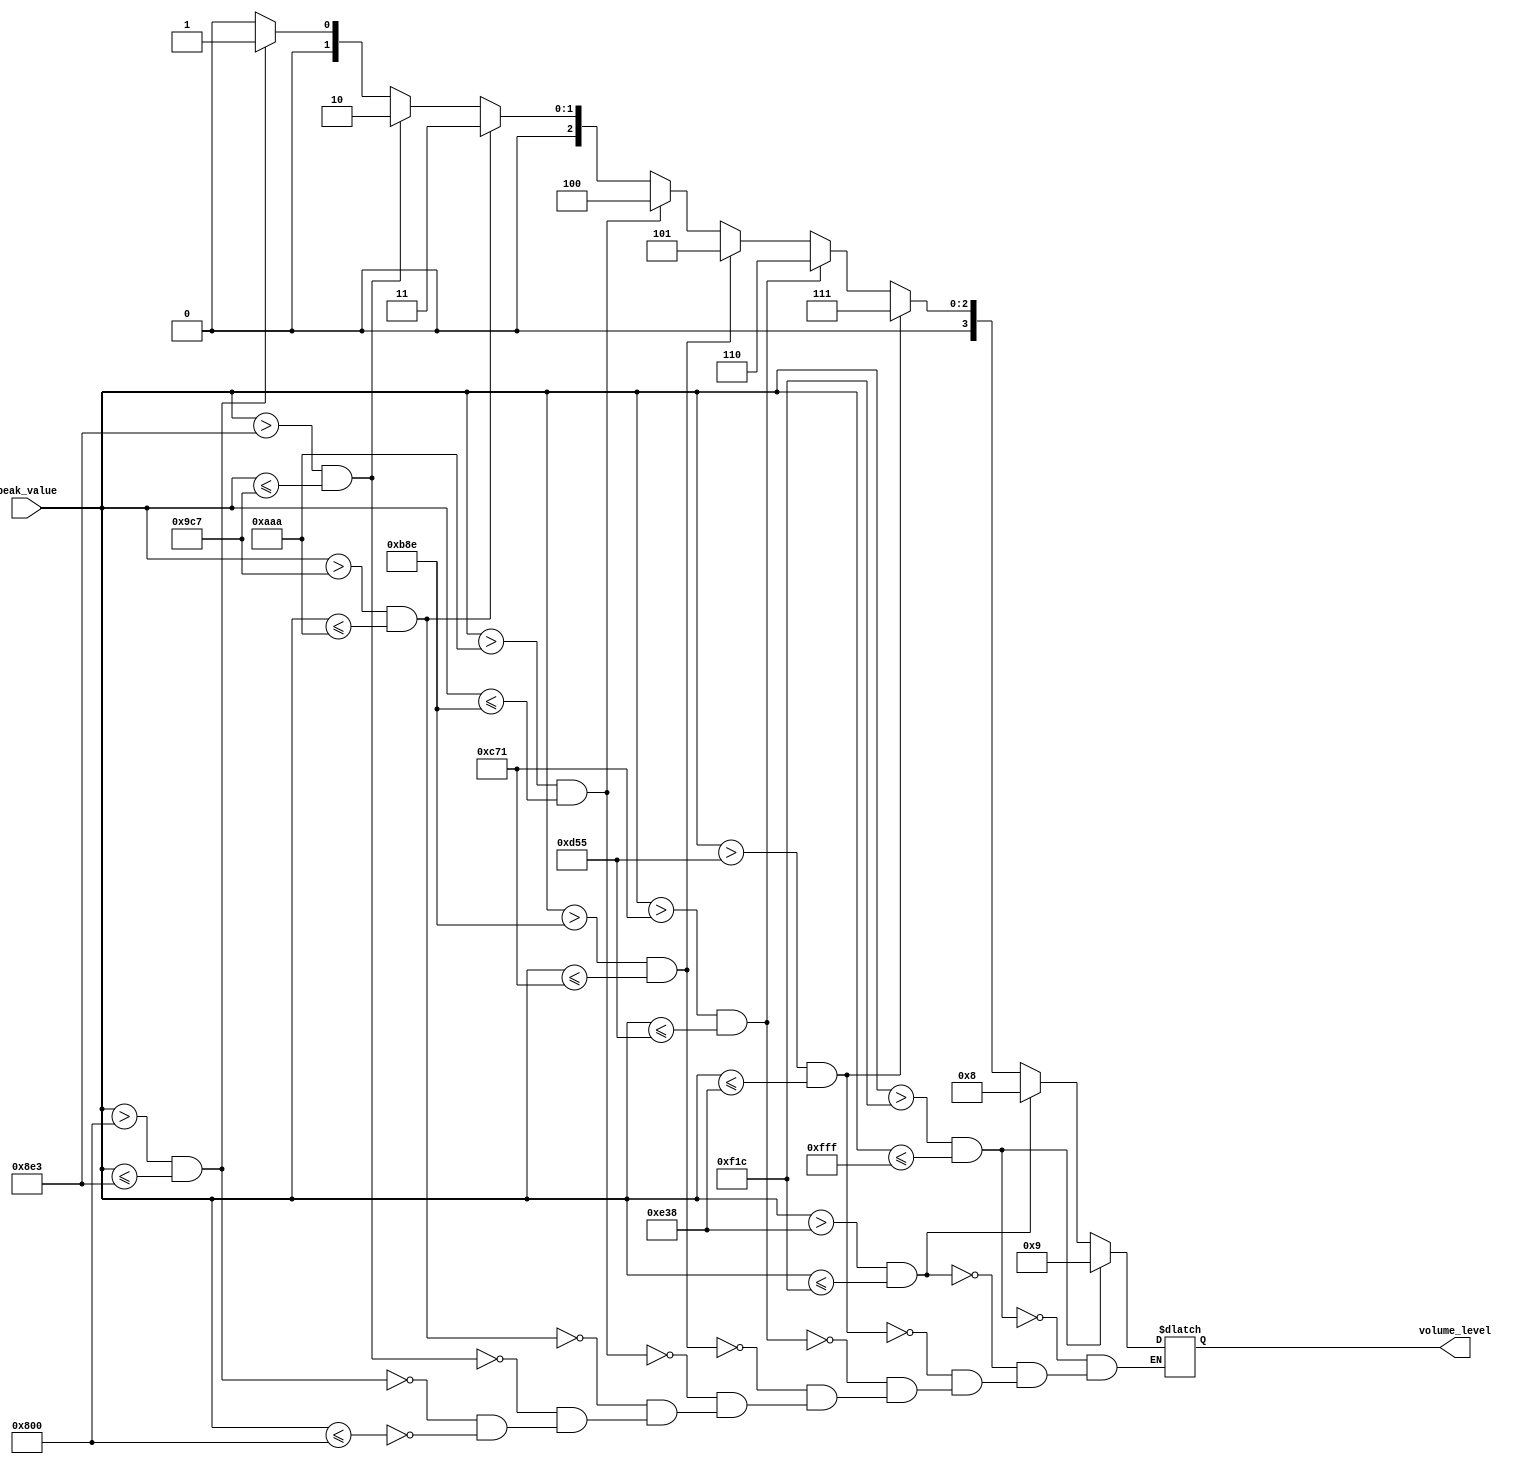
module Volume_level (
    input [11:0] peak_value,
    output reg [3:0] volume_level = 0
    );
    always @ (*)
    begin
    if (peak_value <= 2048) //volume level 0
        volume_level <= 0;
    if (peak_value > 2048 && peak_value <= 2275) //volume level 1
        volume_level <= 1;
    if (peak_value > 2275 && peak_value <= 2503) //volume level 2
        volume_level <= 2;
    if (peak_value > 2503 && peak_value <= 2730) //volume level 3
        volume_level <= 3;
    if (peak_value > 2730 && peak_value <= 2958) //volume level 4
        volume_level <= 4;
    if (peak_value > 2958 && peak_value <= 3185) //volume level 5
        volume_level <= 5;
    if (peak_value > 3185 && peak_value <= 3413) //volume level 6
        volume_level <= 6;
    if (peak_value > 3413 && peak_value <= 3640) //volume level 7
        volume_level <= 7;
    if (peak_value > 3640 && peak_value <= 3868) //volume level 8
        volume_level <= 8;
    if (peak_value > 3868 && peak_value <= 4095) //volume level 9
        volume_level <= 9;
    end
endmodule